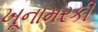
ખૂનામરકી